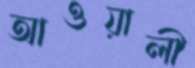
আওয়ালী